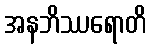
အနဘိဿရောတိ